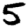
Digit: 5